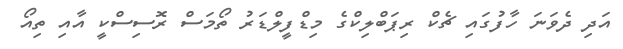
އަދި ދެވަނަ ހާފުގައި ޗެކް ރިޕަބްލިކްގެ މިޑްފީލްޑަރު ތޯމަސް ރޮސިސްކީ އާއި ތިއޯ